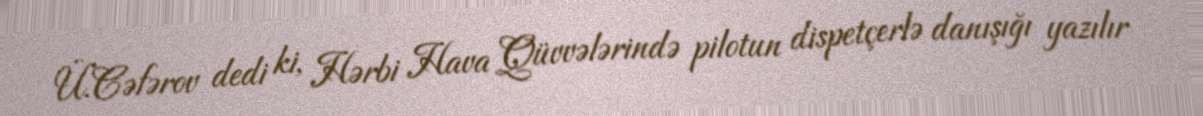
Ü.Cəfərov dedi ki, Hərbi Hava Qüvvələrində pilotun dispetçerlə danışığı yazılır